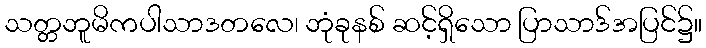
သတ္တဘူမိကပါသာဒတလေ၊ ဘုံခုနစ် ဆင့်ရှိသော ပြာသာဒ်အပြင်၌။